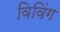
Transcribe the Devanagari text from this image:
विविंग